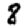
Digit: 8